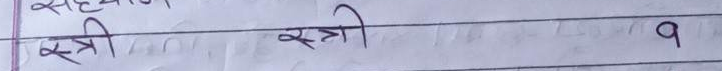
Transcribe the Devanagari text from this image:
स्त्री स्त्री १